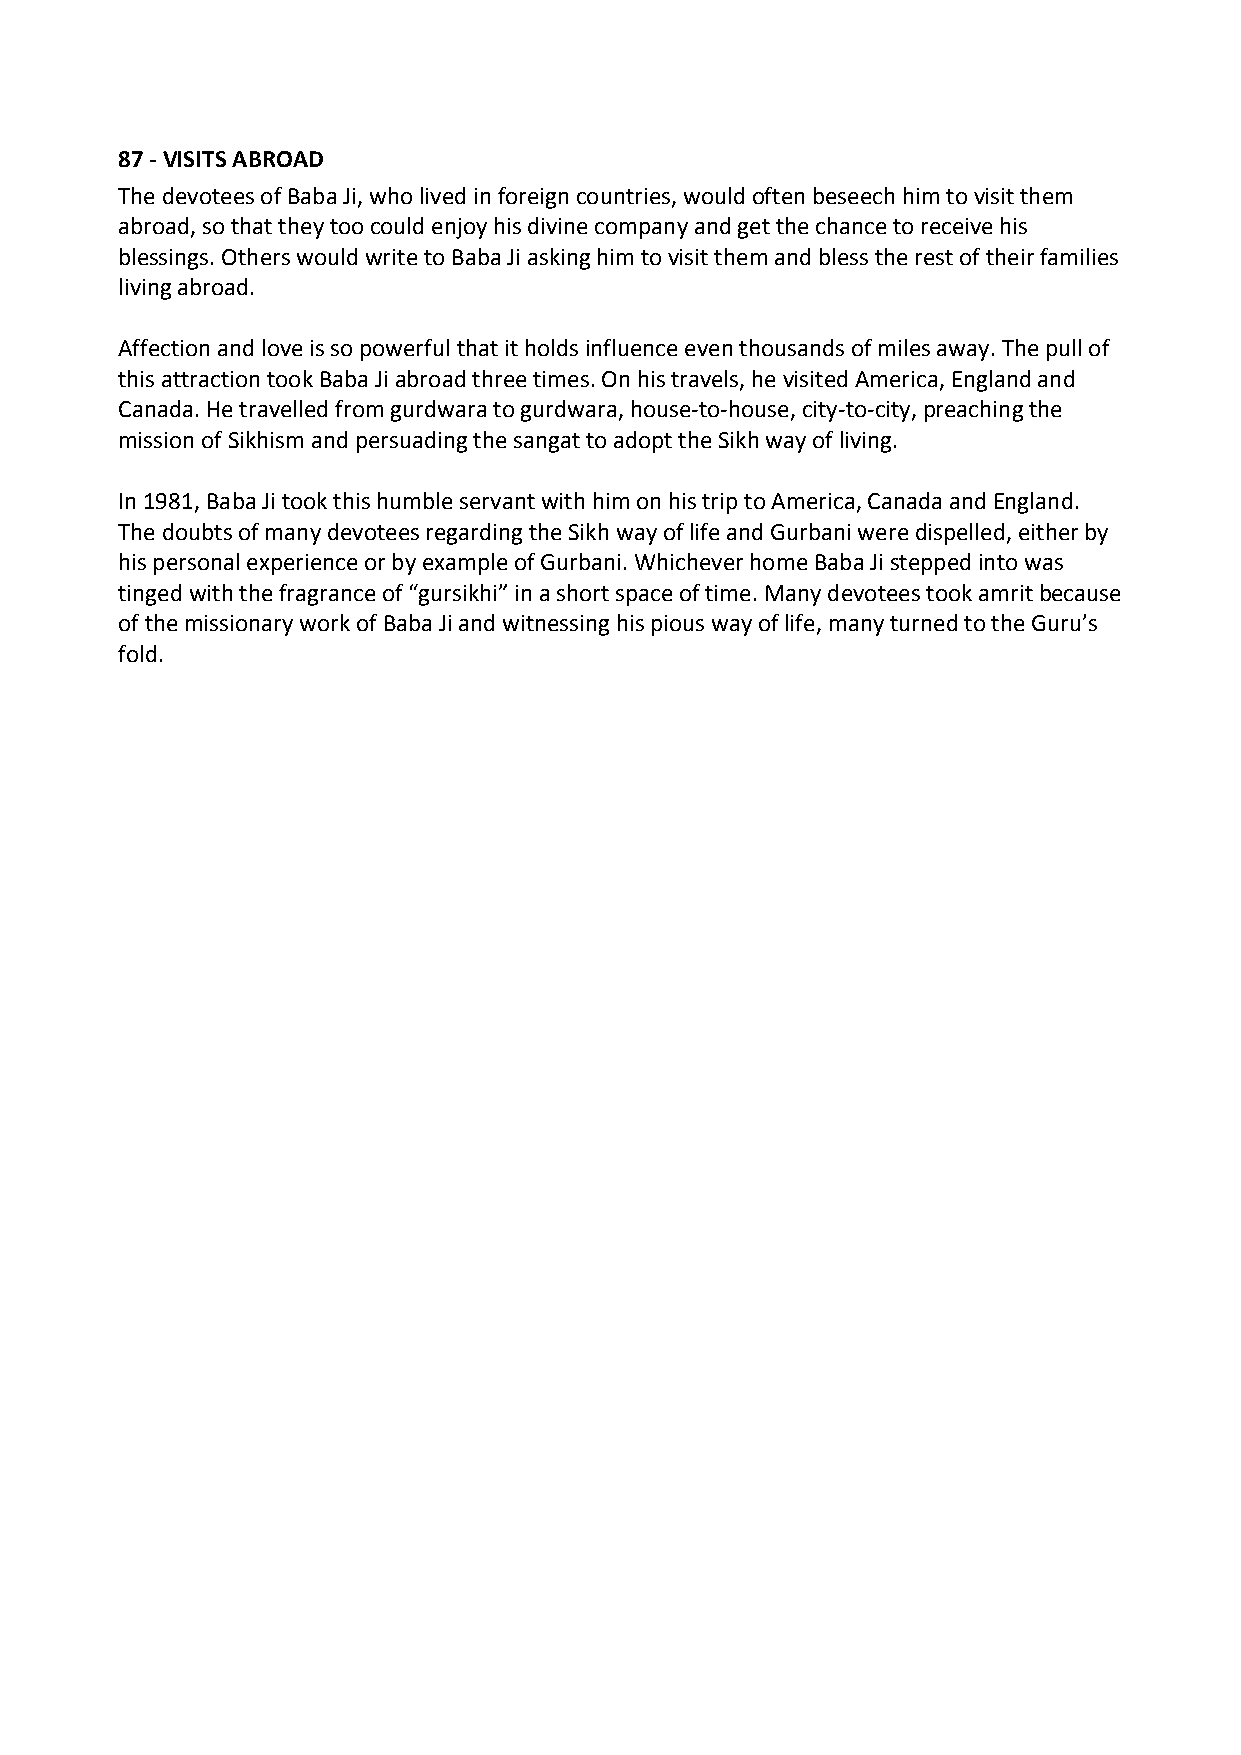
87 ‐ VISITS ABROAD
 The devotees of Baba Ji, who lived in foreign countries, would often beseech him to visit them
 abroad, so that they too could enjoy his divine company and get the chance to receive his
 blessings. Others would write to Baba Ji asking him to visit them and bless the rest of their families
 living abroad.
 Affection and love is so powerful that it holds influence even thousands of miles away. The pull of
 this attraction took Baba Ji abroad three times. On his travels, he visited America, England and
 Canada. He travelled from gurdwara to gurdwara, house‐to‐house, city‐to‐city, preaching the
 mission of Sikhism and persuading the sangat to adopt the Sikh way of living.
 In 1981, Baba Ji took this humble servant with him on his trip to America, Canada and England.
 The doubts of many devotees regarding the Sikh way of life and Gurbani were dispelled, either by
 his personal experience or by example of Gurbani. Whichever home Baba Ji stepped into was
 tinged with the fragrance of “gursikhi” in a short space of time. Many devotees took amrit because
 of the missionary work of Baba Ji and witnessing his pious way of life, many turned to the Guru’s
 fold.